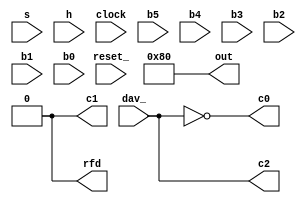
module PO (
    dav_, rfd,
    s, h, 
    clock, reset_,
    out,
    b5, b4, b3, b2, b1, b0,
    c2, c1, c0
);
    input clock, reset_;
    output[7:0] out;
    input s;
    input[6:0] h;
    input dav_;
    output rfd;

    input b5, b4, b3, b2, b1, b0;
    output c2, c1, c0;

    reg RFD; assign rfd = RFD;
    reg[7:0] OUT; assign out = OUT;
    reg S;
    reg[6:0] COUNT;

    always @(reset_ == 0) #1 RFD <= 0;
    always @(posedge clock) #3 RFD <= b0;

    always @(reset_ == 0) #1 OUT <= 8'h80;
    always @(posedge clock) #3
    casex({b2, b1})
        2'b00: OUT <= (S == 0) ? (OUT + 1) : (OUT - 1);
        2'b01: OUT <= 8'h80;
        2'b1?: OUT <= OUT;
    endcase

    always @(reset_ == 0) #1 S <= 0;
    always @(posedge clock) #3 S <= b3 ? s : S;
    

    always @(reset_ == 0) #1 COUNT <= 0;
    always @(posedge clock) #3
    casex({b5, b4})
        2'b00: COUNT <= h;
        2'b01: COUNT <= COUNT - 1;
        2'b1?: COUNT <= COUNT;
    endcase

    assign c0 = ~dav_;
    assign c1 = (COUNT == 1) ? 1 : 0;
    assign c2= dav_;

endmodule

module PC (
    clock, reset_,
    b5, b4, b3, b2, b1, b0,
    c2, c1, c0
);
    input clock, reset_;
    output b5, b4, b3, b2, b1, b0;
    input c2, c1, c0;

    reg[1:0] STAR;
    localparam S0 = 0, S1 = 1, S2 = 2;

    always @(reset_ == 0) #1 STAR <= S0;
    always @(posedge clock) #3
    casex(STAR)
        S0: STAR <= c0 ? S1 : S0;
        S1: STAR <= c1 ? S2 : S1;
        S2: STAR <= c2 ? S0 : S2;
    endcase

    // Should be assigned one by one instead of this
    assign {b5, b4, b3, b2, b1, b0} = 
        (STAR == S0) ? 6'b0011x1 :
        (STAR == S1) ? 6'b010000 :
        (STAR == S2) ? 6'b1x0010 :
                       6'bxxxxxx;

/*
        uAddr    b5_0     uTrue    uFalse  cEff
        S0      0011x1     S1       S0      c0
        S1      010000     S2       S1      c1
        S2      1x0010     S0       S2      c2
*/

endmodule

module ABC (
    dav_, rfd,
    s, h, 
    clock, reset_,
    out
);
    input clock, reset_;
    output[7:0] out;
    input s;
    input[6:0] h;
    input dav_;
    output rfd;

    
    wire b5, b4, b3, b2, b1, b0;
    wire c2, c1, c0;

    PO po (
        .dav_(dav_), .rfd(rfd),
        .s(s), .h(h), 
        .clock(clock), .reset_(reset_),
        .out(out),
        .b5(b5), .b4(b4), .b3(b3), .b2(b2), .b1(b1), .b0(b0),
        .c2(c2), .c1(c1), .c0(c0)
    );

    PC pc (
        .clock(clock), .reset_(reset_),
        .b5(b5), .b4(b4), .b3(b3), .b2(b2), .b1(b1), .b0(b0),
        .c2(c2), .c1(c1), .c0(c0)
    );

endmodule